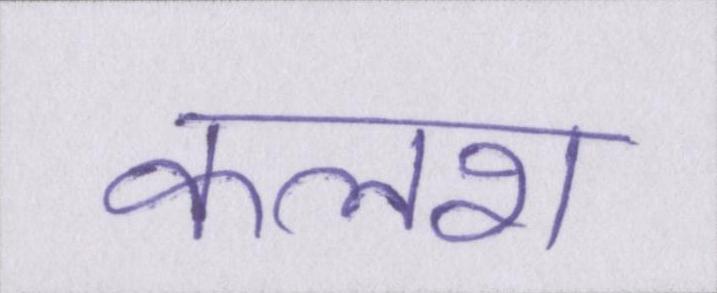
कलश